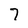
Character: 7